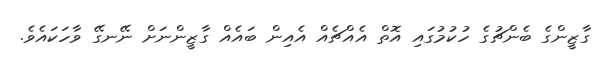
ގާޒީންގެ ބެންޗުގެ ހުކުމުގައި އޮތް އެއްޗެއް އެއިން ބައެއް ގާޒީންނަށް ނޭނގޭ ވާހަކައެވެ.